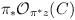
\begin{align*}\pi_{*}{\cal{O}}_{\pi^{*}z}(C)\end{align*}